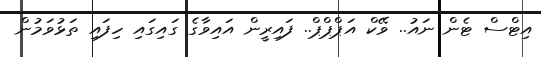
އިޓްސް ޓެން ނައު.. ވޭކް އަޕްޕްޕް.. ފައިރީން އައިވާގެ ގައިގައި ހިފައި ތަޅުވަމުން